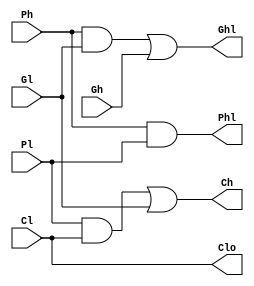
`timescale 1ns/100ps

module module_y(
  	input Ph,
  	input Gh,
    input Cl,
  	input Pl,
  	input Gl,
    output Ghl,
    output Phl,
  	output Ch,
  	output Clo);

    wire and1_or1;
  	wire and2_or2;

    and and1(and1_or1,Ph,Gl);
    or or1(Ghl,and1_or1,Gh);

    and and2(and2_or2,Pl,Cl);
    or or2(Ch,and2_or2,Gl);

    and and3(Phl,Ph,Pl);

  	or (Clo,Cl,Cl);
  	//Clo = Cl;

endmodule